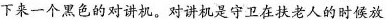
下来一个黑色的对讲机。对讲机是守卫在扶老人的时放